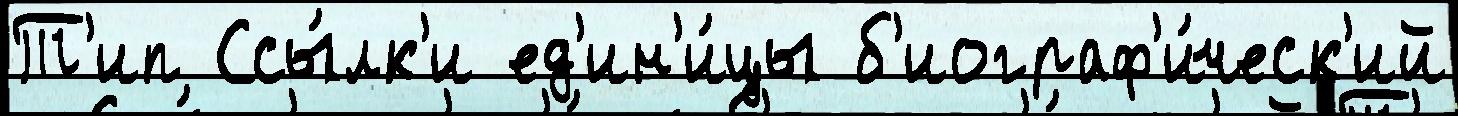
Т'ип Ссы́лк'и ед'ин'и́цы б'иограф'и́ческ'ий